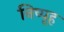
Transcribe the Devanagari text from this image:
निष्पृह